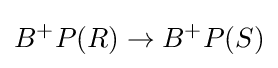
B^{+}P(R)\to B^{+}P(S)